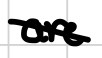
Text: are
Cross-out: mix
Writing tool: digital_black